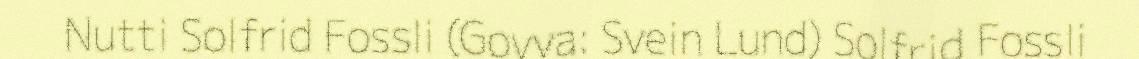
Nutti Solfrid Fossli (Govva: Svein Lund) Solfrid Fossli